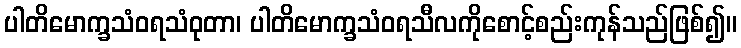
ပါတိမောက္ခသံဝရသံဝုတာ၊ ပါတိမောက္ခသံဝရသီလကိုစောင့်စည်းကုန်သည်ဖြစ်၍။